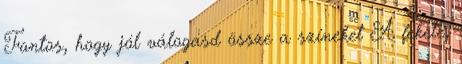
Fontos, hogy jól válogasd össze a színeket A fekete,